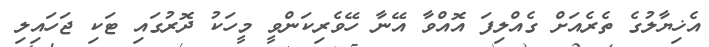
އެޚިޔާލުގެ ތެރެއަށް ގެއްލިފަ އޮއްވާ އޭނާ ހޭވެރިކަންވީ މީހަކު ދޮރުގައި ޓަކި ޖަހައިލި